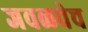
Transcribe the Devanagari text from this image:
जवळचेच